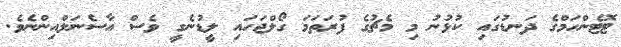
ޓޮޓެންހަމްގެ ދަނޑުގައި ކުޅުނު މި މެޗުގެ ފުރަތަމަ ގޯލްޖަހައި ލީޑުނެގީ ވެސް އާސެނަލްއިންނެވެ.